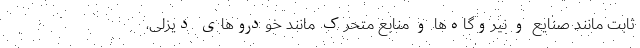
ثابت مانند صنایع و نیروگاه‌ها و منابع متحرک مانند خودروهای دیزلی،